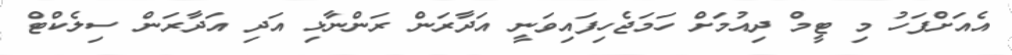
އެއަށްފަހު މި ޓީމް ދިއުމަށް ހަމަޖެހިފައިވަނީ އަދާރަން ރަންނާޅި އަދި އަދާރަން ސިލެކްޓް